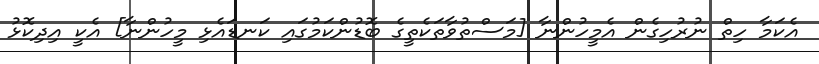
އެކަމާ ހިތް ނުރުހިގެން އެމީހުންނާ [މަސްތުވާތަކެތީގެ ބޮޑުންކަމުގައި ކަނޑައެޅި މީހުންނާ] އެކީ އިދިކޮޅު